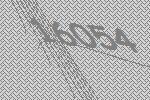
16054